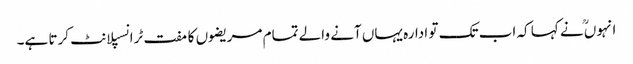
انہوںؒ نے کہا کہ اب تک تو ادارہ یہاں آنے والے تمام مریضوں کا مفت ٹرانسپلانٹ کرتا ہے۔